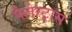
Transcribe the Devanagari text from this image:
पैलेस्ट्रास